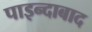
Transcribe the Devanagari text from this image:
पाइन्दाबाद